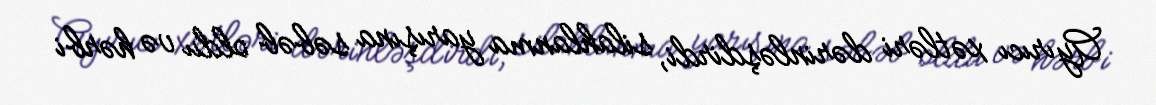
Ayırıcı xətləri dərinləşdirdi, silahlanma yarışına səbəb oldu və hərbi